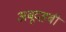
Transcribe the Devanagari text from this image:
अबूदहबी